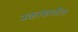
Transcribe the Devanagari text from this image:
नकाशातील